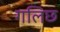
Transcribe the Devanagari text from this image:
गलिछ